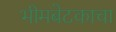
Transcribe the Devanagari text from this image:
भीमबेटकाचा